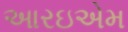
આરઇએમ